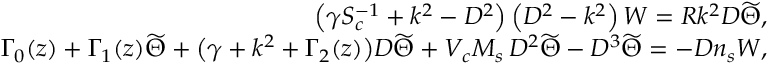
\begin{array} { r l r } & { } & { \left( \gamma S _ { c } ^ { - 1 } + k ^ { 2 } - D ^ { 2 } \right) \left( D ^ { 2 } - k ^ { 2 } \right) W = R k ^ { 2 } D \widetilde { \Theta } , } \\ & { } & { \Gamma _ { 0 } ( z ) + \Gamma _ { 1 } ( z ) \widetilde { \Theta } + \big ( \gamma + k ^ { 2 } + \Gamma _ { 2 } ( z ) \big ) D \widetilde { \Theta } + V _ { c } M _ { s } \, D ^ { 2 } \widetilde { \Theta } - D ^ { 3 } \widetilde { \Theta } = - D n _ { s } W , } \end{array}